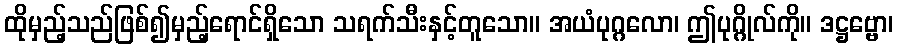
ထိုမှည့်သည်ဖြစ်၍မှည့်ရောင်ရှိသော သရက်သီးနှင့်တူသော။ အယံပုဂ္ဂလော၊ ဤပုဂ္ဂိုလ်ကို။ ဒဋ္ဌဗ္ဗော၊